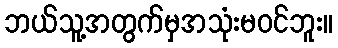
ဘယ်သူ့အတွက်မှအသုံးမဝင်ဘူး။